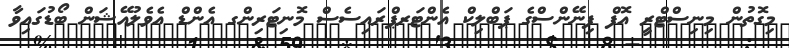
މިގޮތުން މިނިސްޓްރީ އޮފް ފިނޭންސްގެ ޕަބްލިކް އެންޓަރޕްރައިސެސް މޮނިޓަރިންގ އެންޑް އެވެލުއޭޝަން ބޯޑުގައިވާ